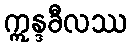
ဣန္ဒခီလဿ